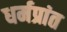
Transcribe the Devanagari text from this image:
धर्मप्रांत